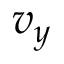
v _ { y }